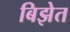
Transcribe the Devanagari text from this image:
बिझेत